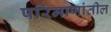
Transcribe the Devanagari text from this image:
परिमाणांतील